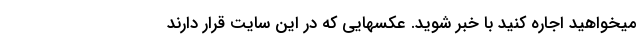
میخواهید اجاره کنید با خبر شوید. عکسهایی که در این سایت قرار دارند